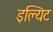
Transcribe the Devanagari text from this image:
इल्यिट